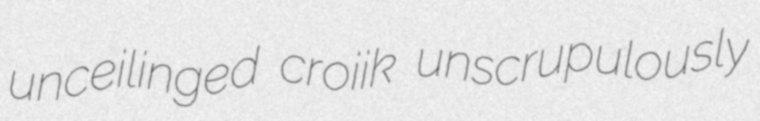
unceilinged croiik unscrupulously